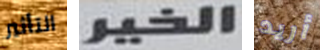
التأثير الخير أريد